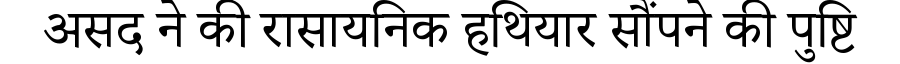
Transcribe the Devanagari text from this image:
असद ने की रासायनिक हथियार सौंपने की पुष्टि